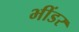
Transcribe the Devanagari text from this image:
भींडर